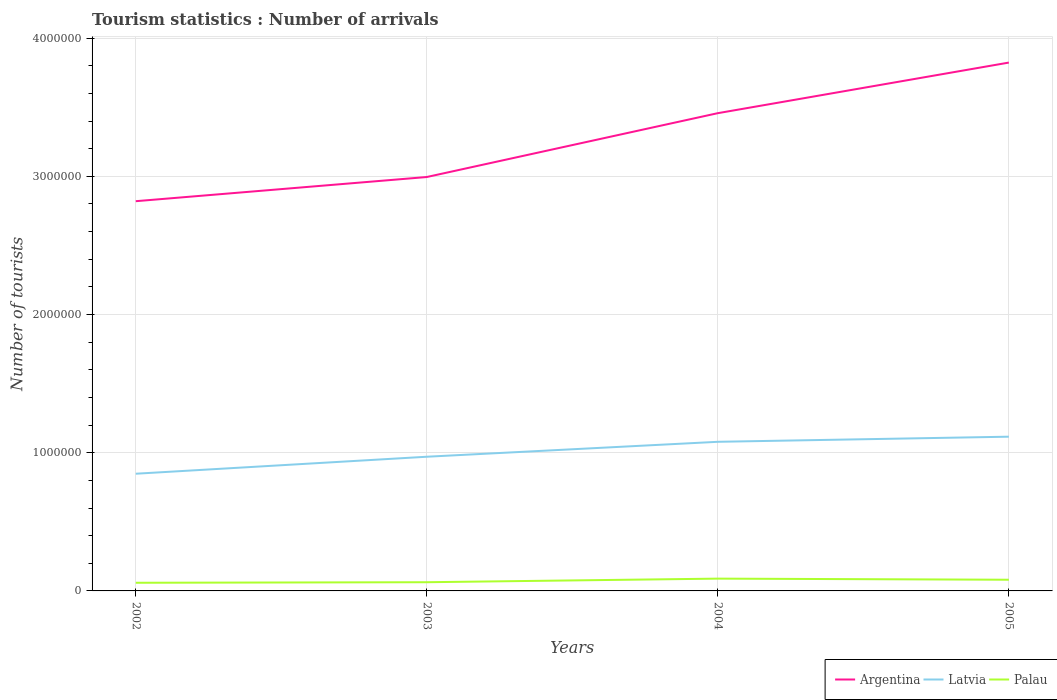
| Years | Argentina | Latvia | Palau |
 | --- | --- | --- | --- |
 | 2002 | 2.82e+06 | 8.48e+05 | 5.9e+04 |
 | 2003 | 3e+06 | 9.71e+05 | 6.3e+04 |
 | 2004 | 3.46e+06 | 1.08e+06 | 8.9e+04 |
 | 2005 | 3.82e+06 | 1.12e+06 | 8.1e+04 |